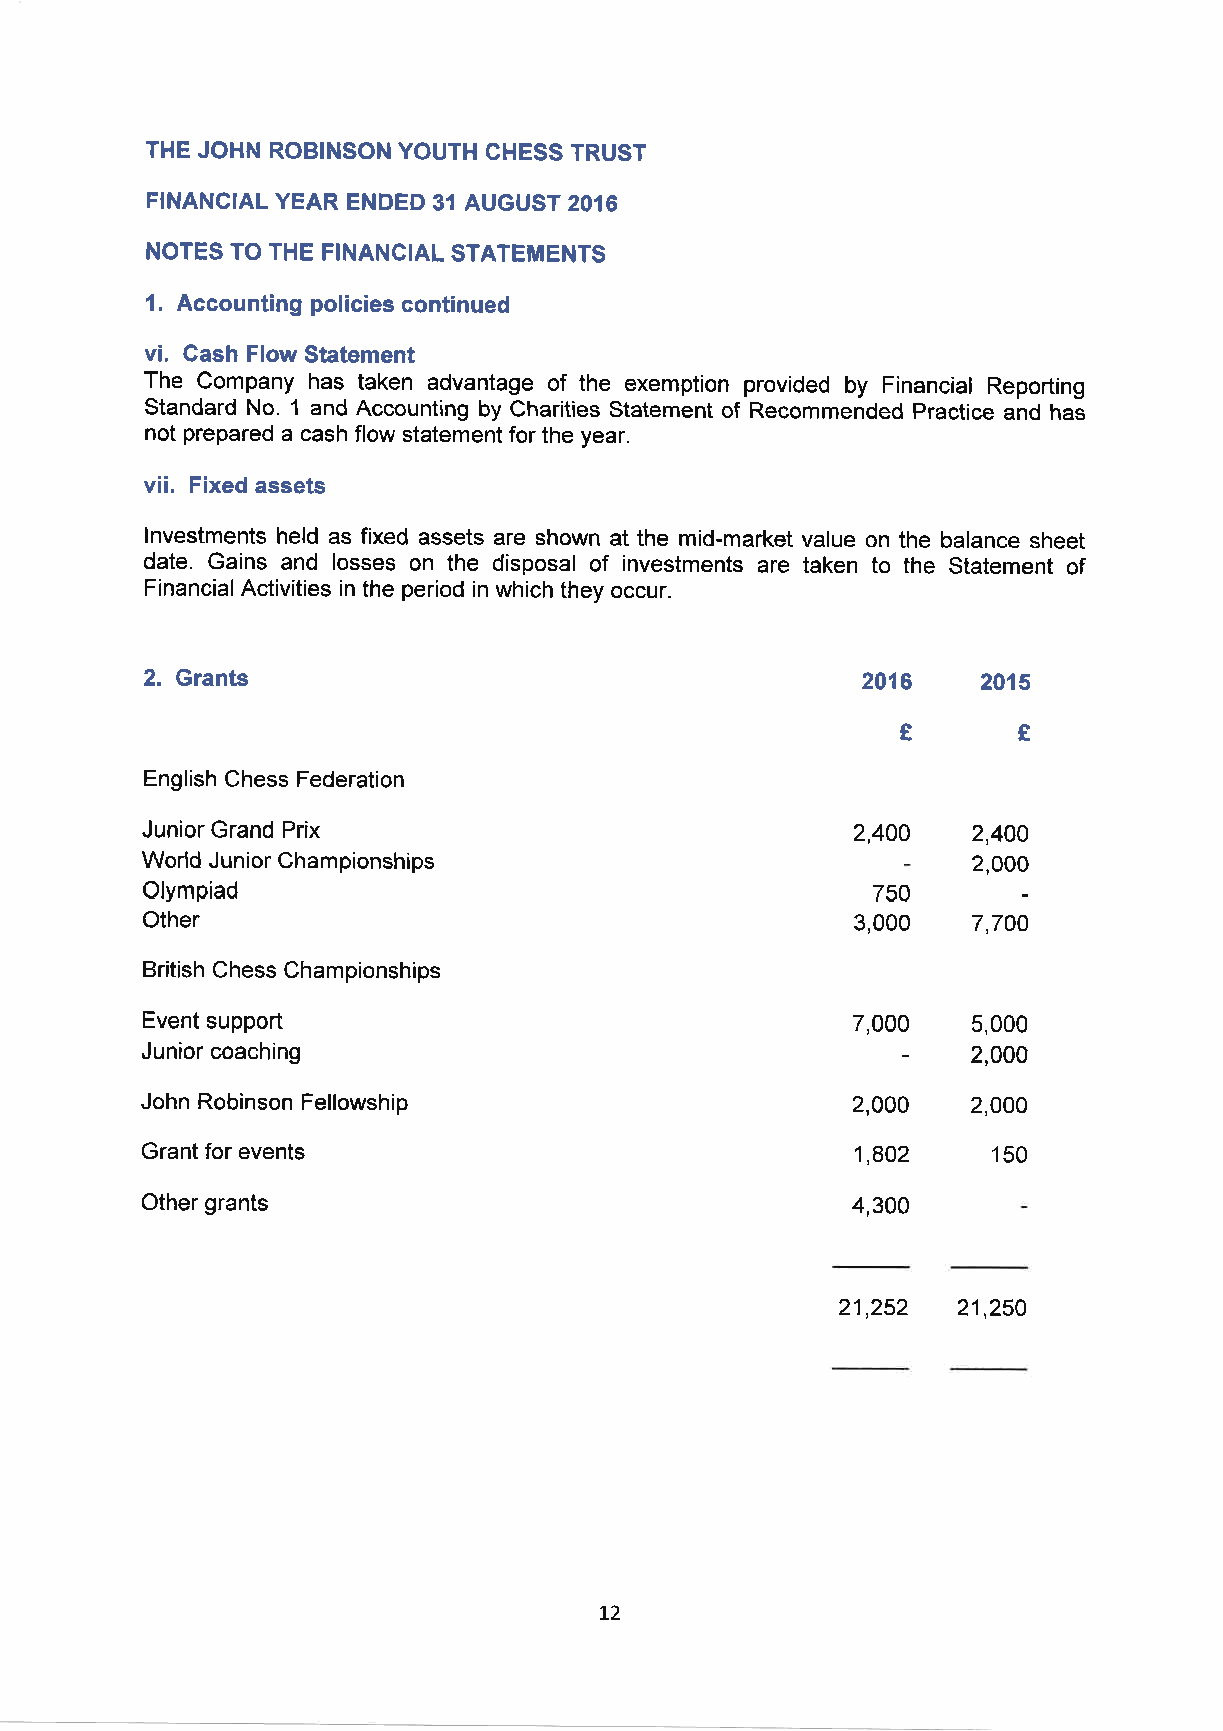
THE JOHN ROBINSON YOUTH CHESS TRUST
 FINANCIAL YEAR ENDED 31 AUGUST 2016
 NOTES TO THE FINANCIAL STATEMENTS
 1. Accounting policies continued
 vi. Cash Flow Statement
 The Company has taken advantage of the exemption provided by Financial Reporting
 Standard No. 1 and Accounting by Charities Statement of Recommended Practice and hai
 not prepared a cash flow statement for the year.
 vii. Fixed assets
 lnvestments held as fixed assets are shown at the mid-market value on the balance sheet
 date. Gains and losses on the disposal of investments are taken to the Statement of
 Financial Activities in the period in which they occur.
 2. Grants                                      2016    2015
 f
 €
 English Chess Federation
 Junior Grand Prix                               2,400  2,400
 World Junior Championships                             2,000
 Olympiad                                        750
 Other                                          3,000  7,700
 British Chess Championships
 Event support                                  7,000  5,000
 Junior coaching                                        2,000
 John Robinson Fellowship                        2,000  2,000
 Grant for events                                1,802    150
 Other grants                                   4,300
 21,252
 21,250
 L2